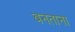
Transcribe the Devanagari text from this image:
बनताना